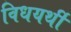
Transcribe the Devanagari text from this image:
विधयर्थी